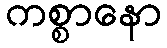
ကစ္စာနော